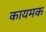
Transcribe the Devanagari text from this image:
कायमक